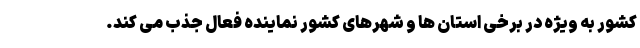
کشور به ویژه در برخی استان ها و شهرهای کشور نماینده فعال جذب می کند.